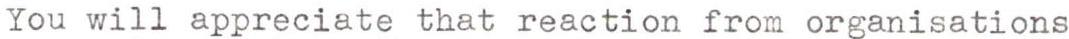
You will appreciate that reaction from organisations